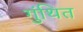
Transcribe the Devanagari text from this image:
गुंथित